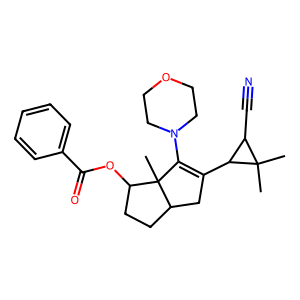
SMILES: CC1(C)C(C#N)C1C1=C(N2CCOCC2)C2(C)C(CCC2OC(=O)c2ccccc2)C1
Inhibits HIV replication: No